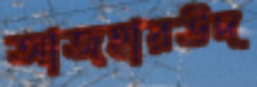
আজহারউদ